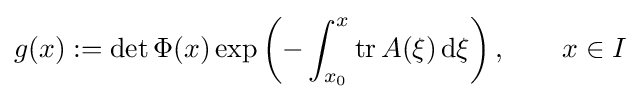
g(x):=\det \Phi (x)\exp \left(-\int _{x_{0}}^{x}\mathrm {tr} \,A(\xi )\,{\textrm {d}}\xi \right),\qquad x\in I